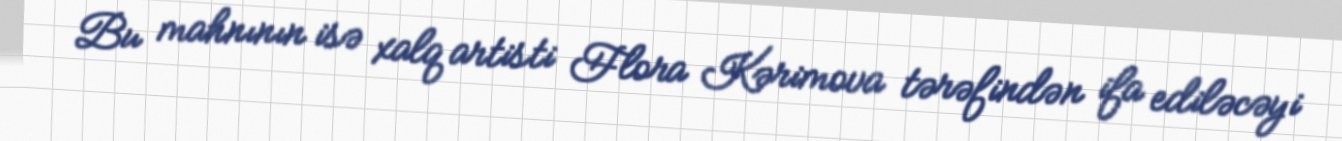
Bu mahnının isə xalq artisti Flora Kərimova tərəfindən ifa ediləcəyi